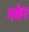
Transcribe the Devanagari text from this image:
मकेर